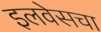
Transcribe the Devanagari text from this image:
इलवेसचा